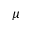
\mu